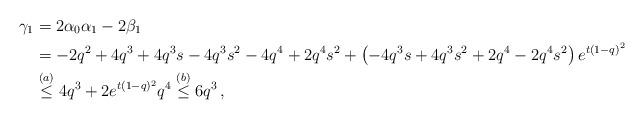
LaTeX: \begin{align*} \gamma_1 & = 2 \alpha_0\alpha_1 -2 \beta_1 \\ & =-2q^2+4q^3+4q^3s-4q^3s^2-4q^4+2q^4s^2 + \left(-4q^3s+4q^3s^2+2q^4-2q^4s^2\right) e^{t\left(1-q\right)^2} \\ & \overset{( a)}{\le} 4q^3 +2 e^{t(1-q)^2} q^4 \overset{( b)}{\le} 6q^3 \, , \end{align*}